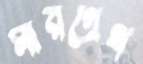
মারগ্রেথ